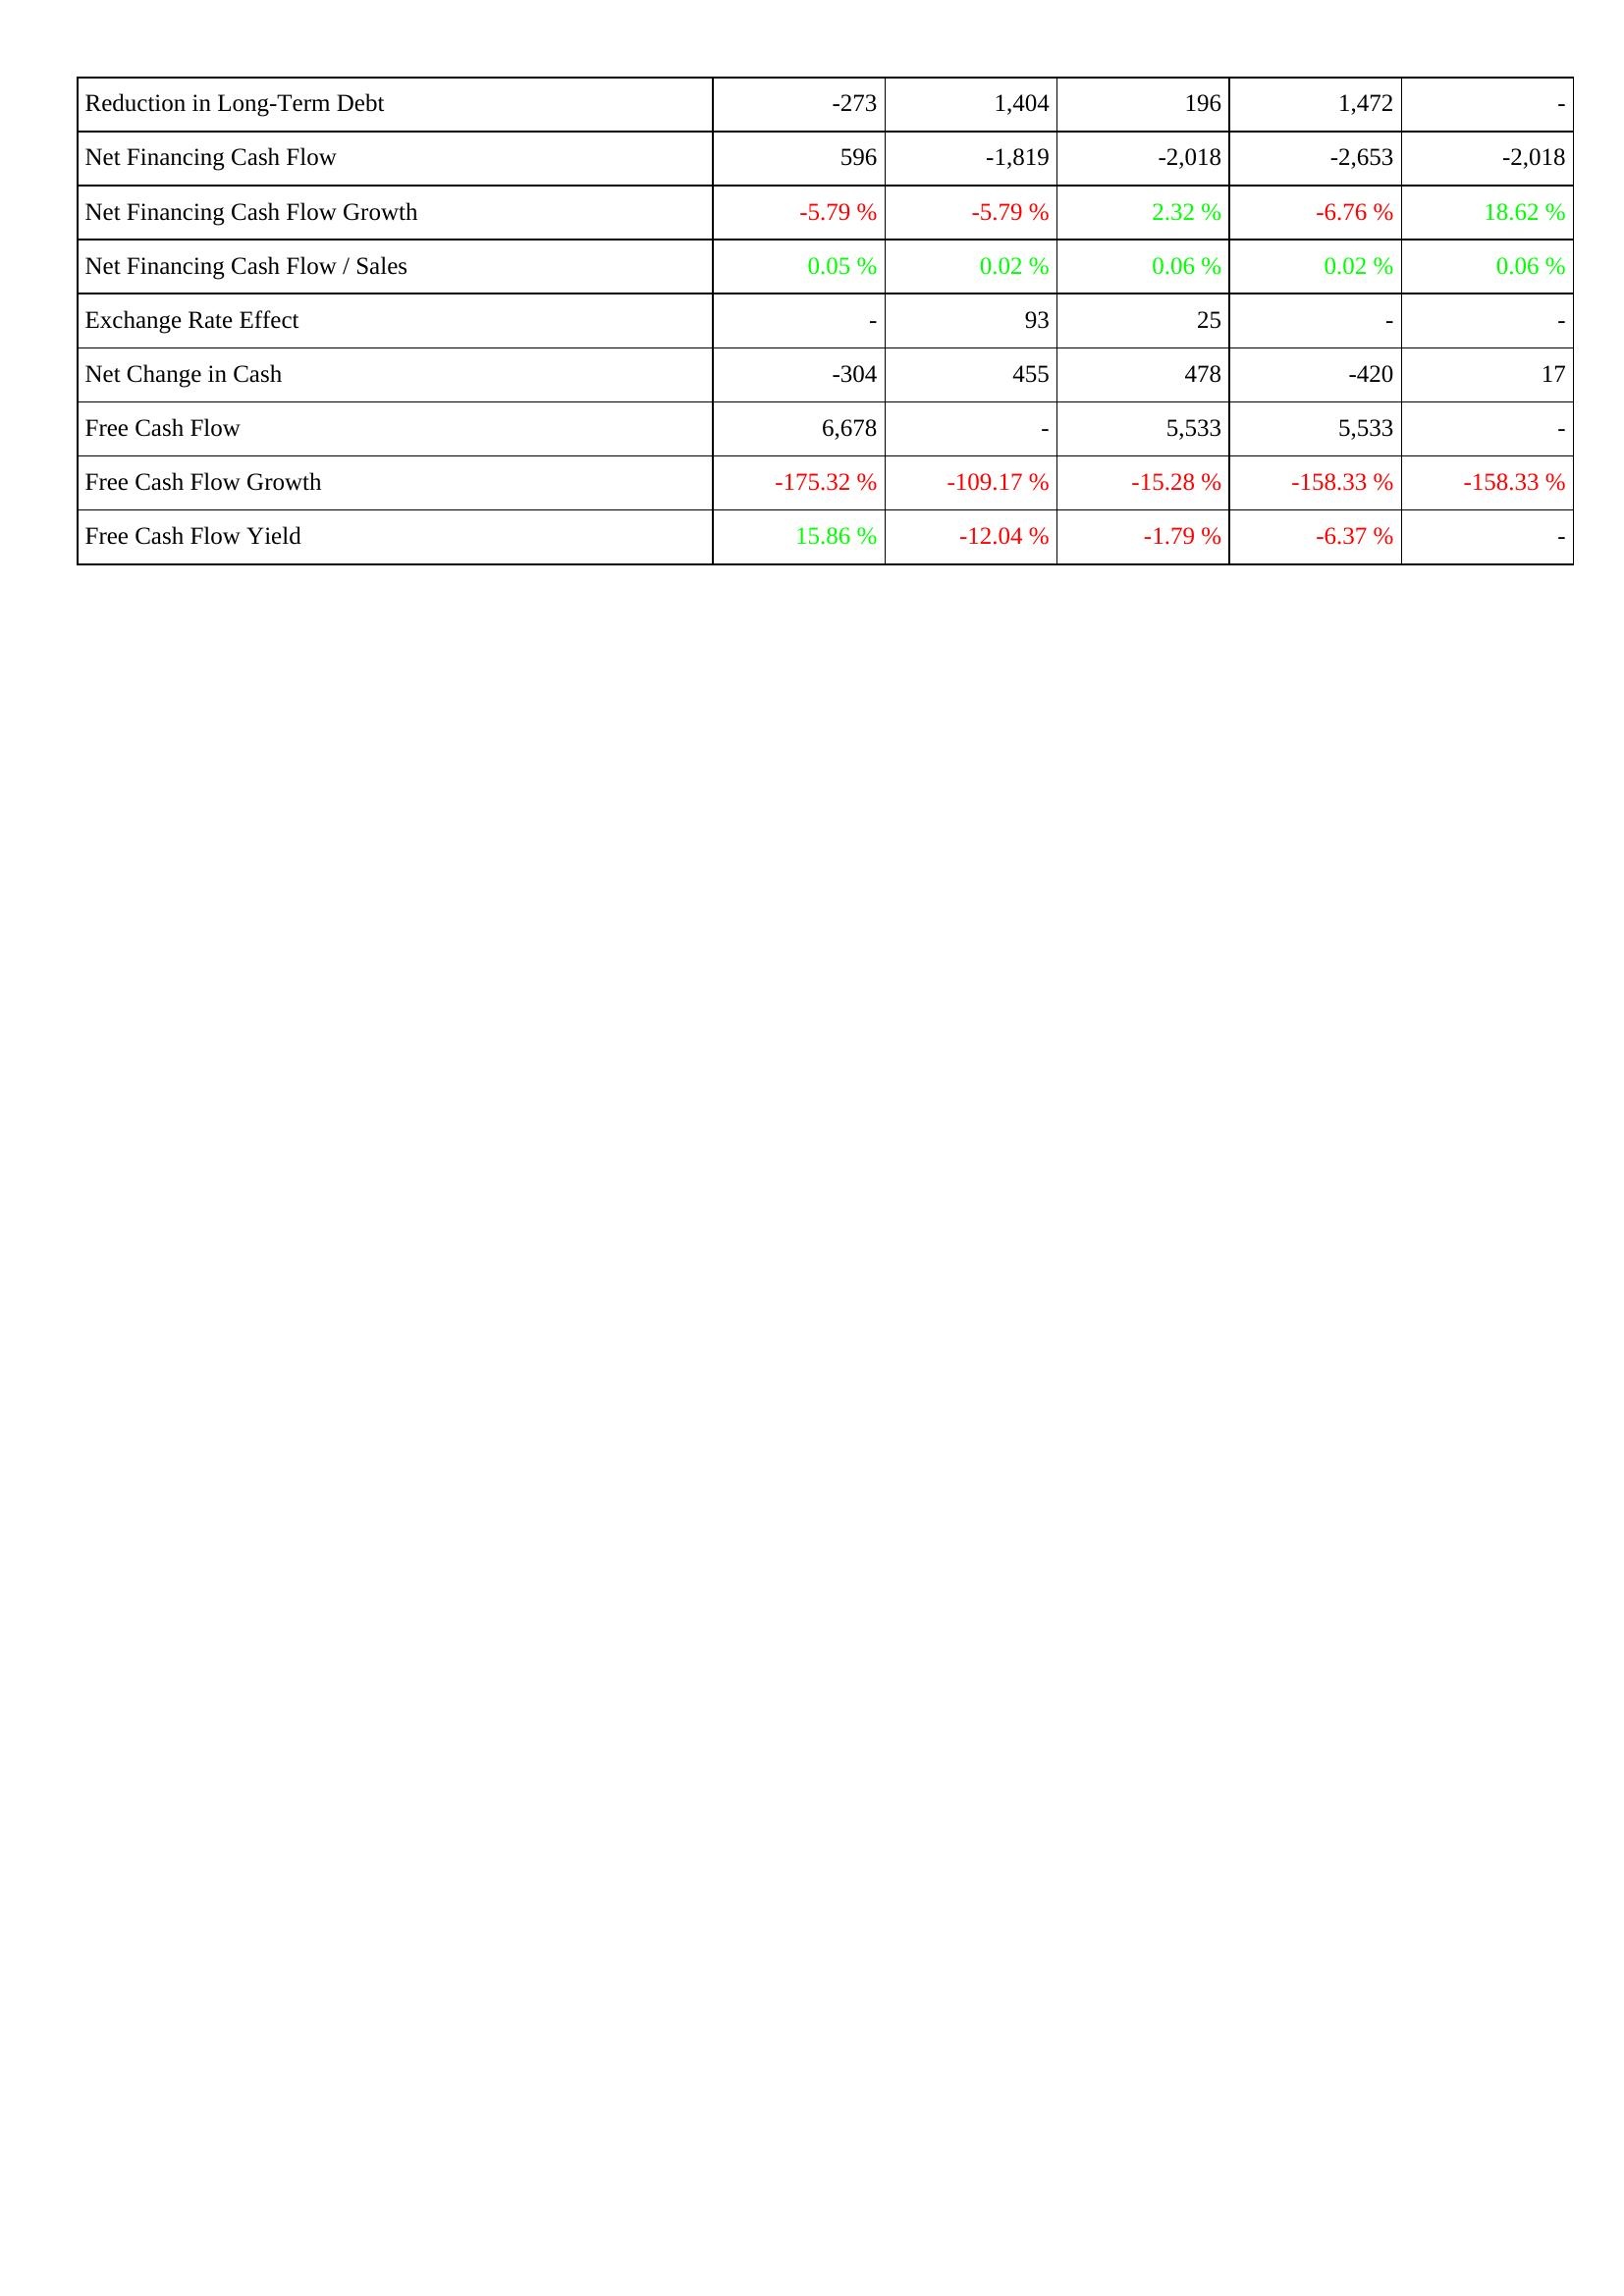
2005: Financing Activities: Reduction in Long-Term Debt: -273
Net Financing Cash Flow: 596
Net Financing Cash Flow Growth: -5.79 %
Net Financing Cash Flow / Sales: 0.05 %
Exchange Rate Effect: -
Net Change in Cash: -304
Free Cash Flow: 6,678
Free Cash Flow Growth: -175.32 %
Free Cash Flow Yield: 15.86 %
2006: Financing Activities: Reduction in Long-Term Debt: 1,404
Net Financing Cash Flow: -1,819
Net Financing Cash Flow Growth: -5.79 %
Net Financing Cash Flow / Sales: 0.02 %
Exchange Rate Effect: 93
Net Change in Cash: 455
Free Cash Flow: -
Free Cash Flow Growth: -109.17 %
Free Cash Flow Yield: -12.04 %
2007: Financing Activities: Reduction in Long-Term Debt: 196
Net Financing Cash Flow: -2,018
Net Financing Cash Flow Growth: 2.32 %
Net Financing Cash Flow / Sales: 0.06 %
Exchange Rate Effect: 25
Net Change in Cash: 478
Free Cash Flow: 5,533
Free Cash Flow Growth: -15.28 %
Free Cash Flow Yield: -1.79 %
2008: Financing Activities: Reduction in Long-Term Debt: 1,472
Net Financing Cash Flow: -2,653
Net Financing Cash Flow Growth: -6.76 %
Net Financing Cash Flow / Sales: 0.02 %
Exchange Rate Effect: -
Net Change in Cash: -420
Free Cash Flow: 5,533
Free Cash Flow Growth: -158.33 %
Free Cash Flow Yield: -6.37 %
2009: Financing Activities: Reduction in Long-Term Debt: -
Net Financing Cash Flow: -2,018
Net Financing Cash Flow Growth: 18.62 %
Net Financing Cash Flow / Sales: 0.06 %
Exchange Rate Effect: -
Net Change in Cash: 17
Free Cash Flow: -
Free Cash Flow Growth: -158.33 %
Free Cash Flow Yield: -